Annual report of the Bengal Veterinary College and of the Civil Veterinary Department, Bengal, for the year 1911-1912 - 1911-1912
Year: 1911
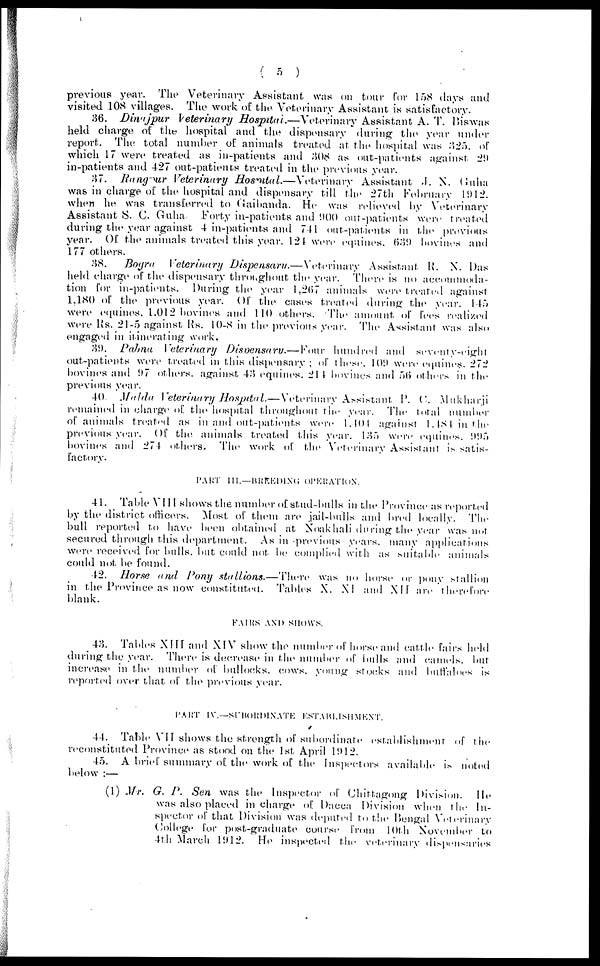
( 5 )
previous year. The Veterinary Assistant was on tour for 158 days and
visited 108 villages. The work of the Veterinary Assistant is satisfactory.
36. Dinajpur
Veterinary Hospital.—Veterinary
Assistant A. T. Biswas
held charge of the hospital and the dispensary during the year under
report. The total number of animals treated at the hospital was 325. of
which 17 were treated as in-patients and 308 as out-patients against 29
in-patients and 427 out-patients treated in the previous year.
37. Rangpur Veterinary Hospital.—Veterinary
Assistant J.N. Guha
was in charge of the hospital and dispensary till the 27th February l912.
when he was transferred to Gaibanda. He was relieved by Veterinary
Assistant S. C. Guha. Forty in-patients and 900 out-patients were treated
during the year against 4 in-patients and 741 out-patients in the previous
year. Of the animals treated this year. 124 were equines. 639 bovines and
177 others.
38.
Bogra
Veterinary Dispensaru.—Veterinary
Assistant R.N. Das
held charge of the dispensary throughout the year. There is no accommoda-
tion for in-patients. During the year 1,267 animals were treated against
1.180 of the previous year. Of the cases treated during the year. 145
were equines. 1.012 bovines and 110 others. The amount of fees realized
were Us. 21-5 against Rs. 10-8 in the previous year. The Assistant was also
engaged in itinerating work.
39. Pabna Veterinary Disvensarv.—Knur
hundred and seventy-eight
out-patients were treated in this dispensary ; of these. 109 were equines. 272
bovines and 97 others. against 43 equines. 214 bovines and 56 others in the
previous year.
40. Malda Veterinary Hospital.—Veterinary
Assistant P.C. Mukharji
remained in charge of the hospital throughout the year. The total number
of animals treated as in and out-patients were 1.404 against l.484 in the
previous year. Of the animals treated this year. 185 were equities. 995
bovines and 274 others. The work of the Veterinary Assistant is satis-
factory.
PART III.—BREEDlNG OPERATION.
41. Table VIII shows the number of stud-bulls in the Province as reported
by the district officers. Most of them are jail-bulls and bred locally. The
bull reported to have been obtained at Noakhali during the year was nut
secured through this department. As in previous years. many applications
were received for bulls. but could not be complied with as suitable animals
could not be found.
42. Horse ami Pony stallions.—There
was no horse or pony stallion
in the Province as now constituted. Tables X. XI and XII are therefore
blank.
FAIRS AND SHOWS.
43. Tables XIII and XIV show the number of horse and cattle fairs held
during the year. There is decrease in the number of bulls and camels. but
increase in the number of bullocks, cows.. young stocks and buffaloes is
reported over that of the previous year.
PART IV.—SRBORDlNTE ESTABLlSHMENT.
44. Table VII shows the strength of subordinate establishment of the
reconstituted Province as stood on the 1st April 1912.
45. A brief summary of the work of the Inspectors available is noted
below :—
(l) Mr. G. P. Sen was the Inspector of Chittagong Division.
He
was also placed in charge of Dacca Division when the In-
spector of that Division was deputed to the Bengal Veterinary
College for post-graduate course from 10th November to
4th March 1912. He inspected the veterinary dispensaries